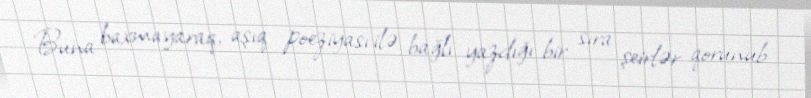
Buna baxmayaraq, aşıq poeziyası ilə bağlı yazdığı bir sıra şeirlər qorunub